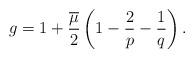
LaTeX: \begin{align*} g = 1 + \frac{\overline{\mu}}{2} \left( 1 - \frac{2}{p} - \frac{1}{q} \right) . \end{align*}